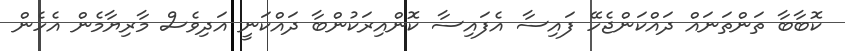
ކޮބާބާ ތަންތަނައް ދައްކަންޖެހޭ ފައިސާ އެފައިސާ ކޮންއިރަކުންބާ ދައްކަނީ އަދިވެސް މާރިޔާމެން އެހެން